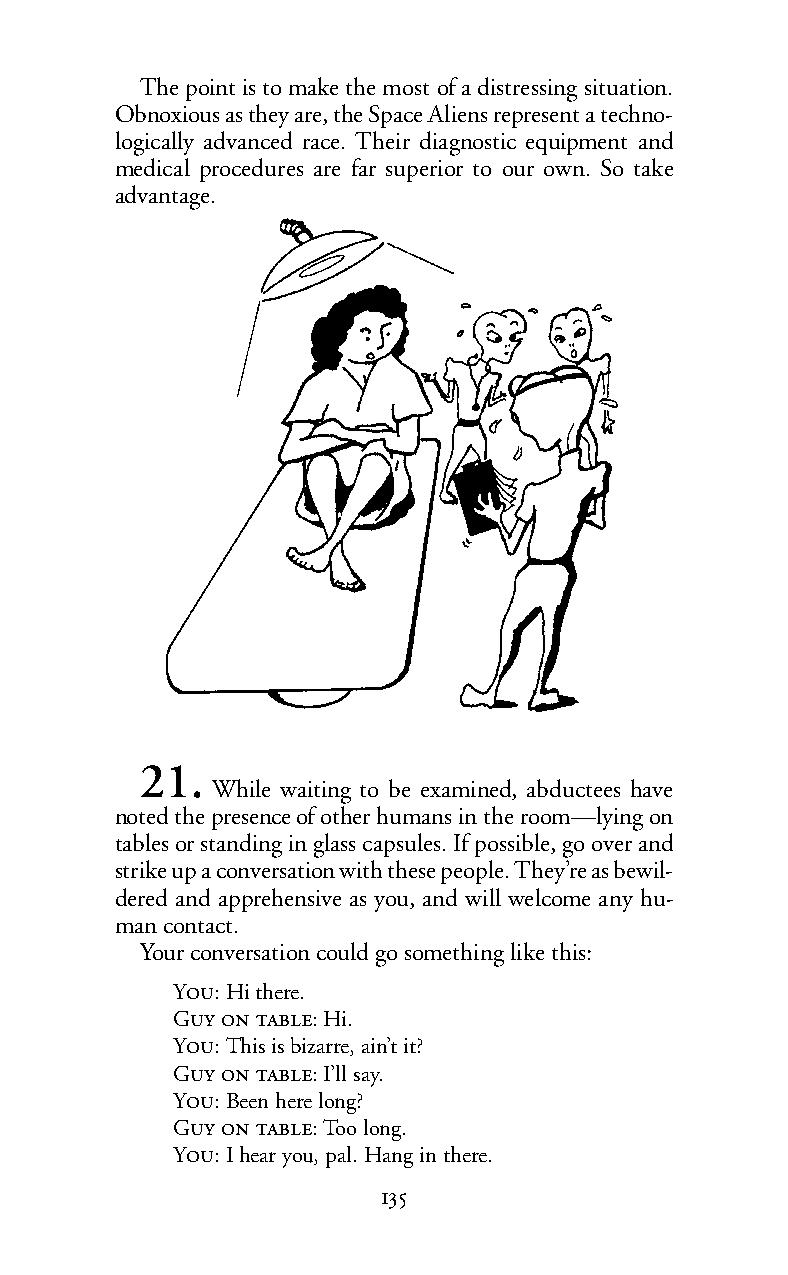
The point is to make the most of a distressing situation.
 Obnoxious as they are, the Space Aliens represent a techno-
 logically advanced race. Their diagnostic equipment and
 medical procedures are far superior to our own. So take
 advantage.
 21.
 While waiting to be examined, abductees have
 noted the presence of other humans in the room—lying on
 tables or standing in glass capsules. If possible, go over and
 strike up a conversation with these people. They’re as bewil-
 dered and apprehensive as you, and will welcome any hu-
 man contact.
 Your conversation could go something like this:
 Y:Hithere.
 G  :Hi.
 Y:This is bizarre, ain’t it?
 G  :I’ll say.
 Y:Been here long?
 G  :Too long.
 Y:Ihear you, pal. Hang in there.
 